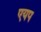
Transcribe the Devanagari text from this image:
एयप